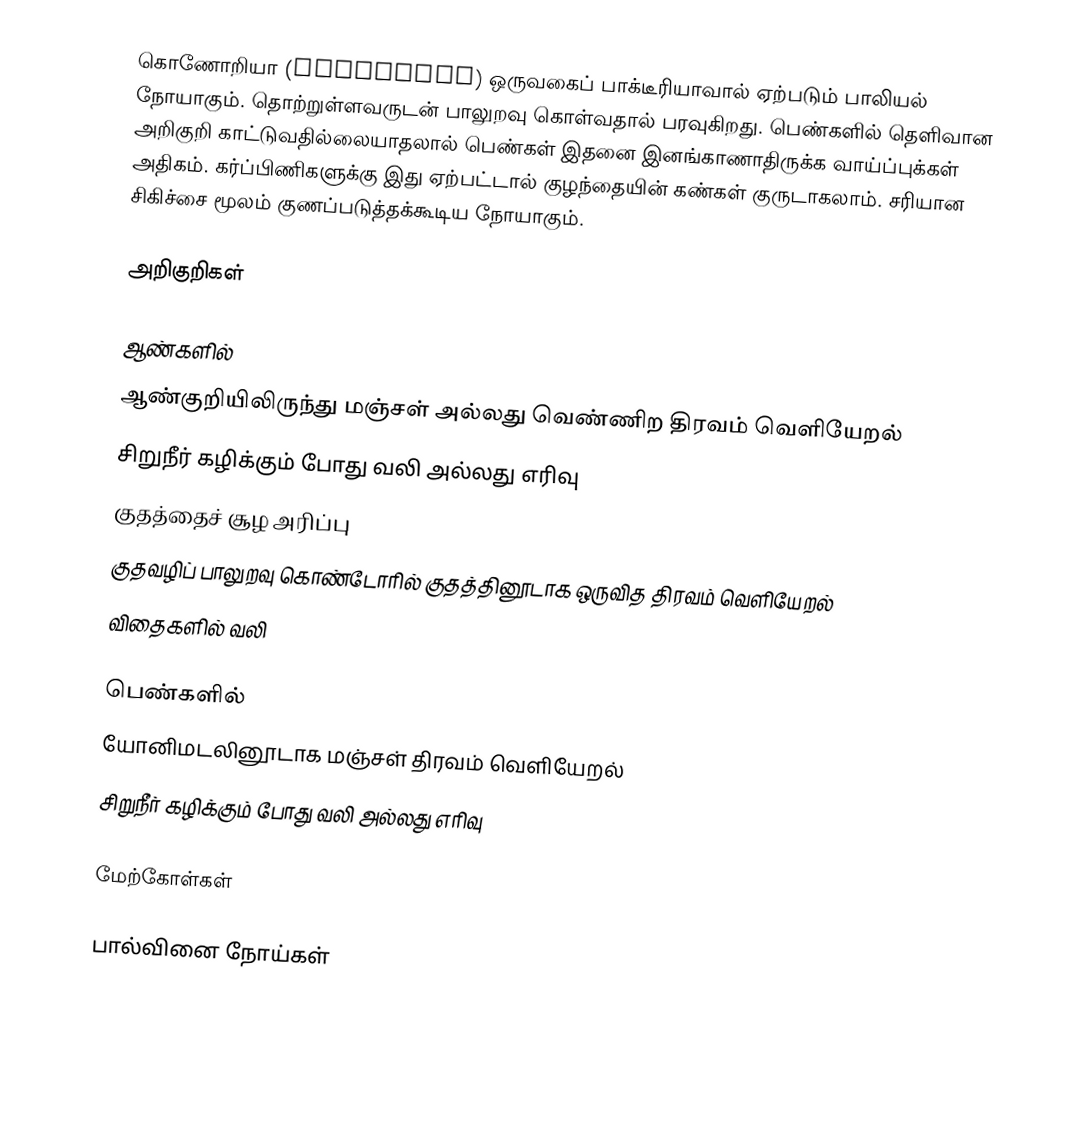
கொணோறியா (Gonorrhea) ஒருவகைப் பாக்டீரியாவால் ஏற்படும் பாலியல் நோயாகும். தொற்றுள்ளவருடன் பாலுறவு கொள்வதால் பரவுகிறது. பெண்களில் தெளிவான அறிகுறி காட்டுவதில்லையாதலால் பெண்கள் இதனை இனங்காணாதிருக்க வாய்ப்புக்கள் அதிகம். கர்ப்பிணிகளுக்கு இது ஏற்பட்டால் குழந்தையின் கண்கள் குருடாகலாம். சரியான சிகிச்சை மூலம் குணப்படுத்தக்கூடிய நோயாகும்.

அறிகுறிகள்

ஆண்களில்
 ஆண்குறியிலிருந்து மஞ்சள் அல்லது வெண்ணிற திரவம் வெளியேறல்
 சிறுநீர் கழிக்கும் போது வலி அல்லது எரிவு
 குதத்தைச் சூழ அரிப்பு
 குதவழிப் பாலுறவு கொண்டோரில் குதத்தினூடாக ஒருவித திரவம் வெளியேறல்
 விதைகளில் வலி

பெண்களில்
 யோனிமடலினூடாக மஞ்சள் திரவம் வெளியேறல்
 சிறுநீர் கழிக்கும் போது வலி அல்லது எரிவு

மேற்கோள்கள்

பால்வினை நோய்கள்